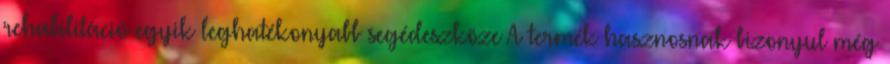
rehabilitáció egyik leghatékonyabb segédeszköze A termék hasznosnak bizonyul még